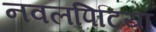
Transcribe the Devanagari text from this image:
नवलपिटिया